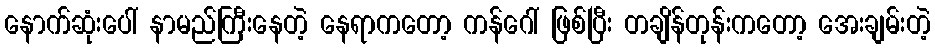
နောက်ဆုံးပေါ် နာမည်ကြီးနေတဲ့ နေရာကတော့ ကန်ဂေါ် ဖြစ်ပြီး တချိန်တုန်းကတော့ အေးချမ်းတဲ့